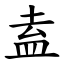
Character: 盍